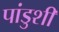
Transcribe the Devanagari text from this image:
पांडुशी